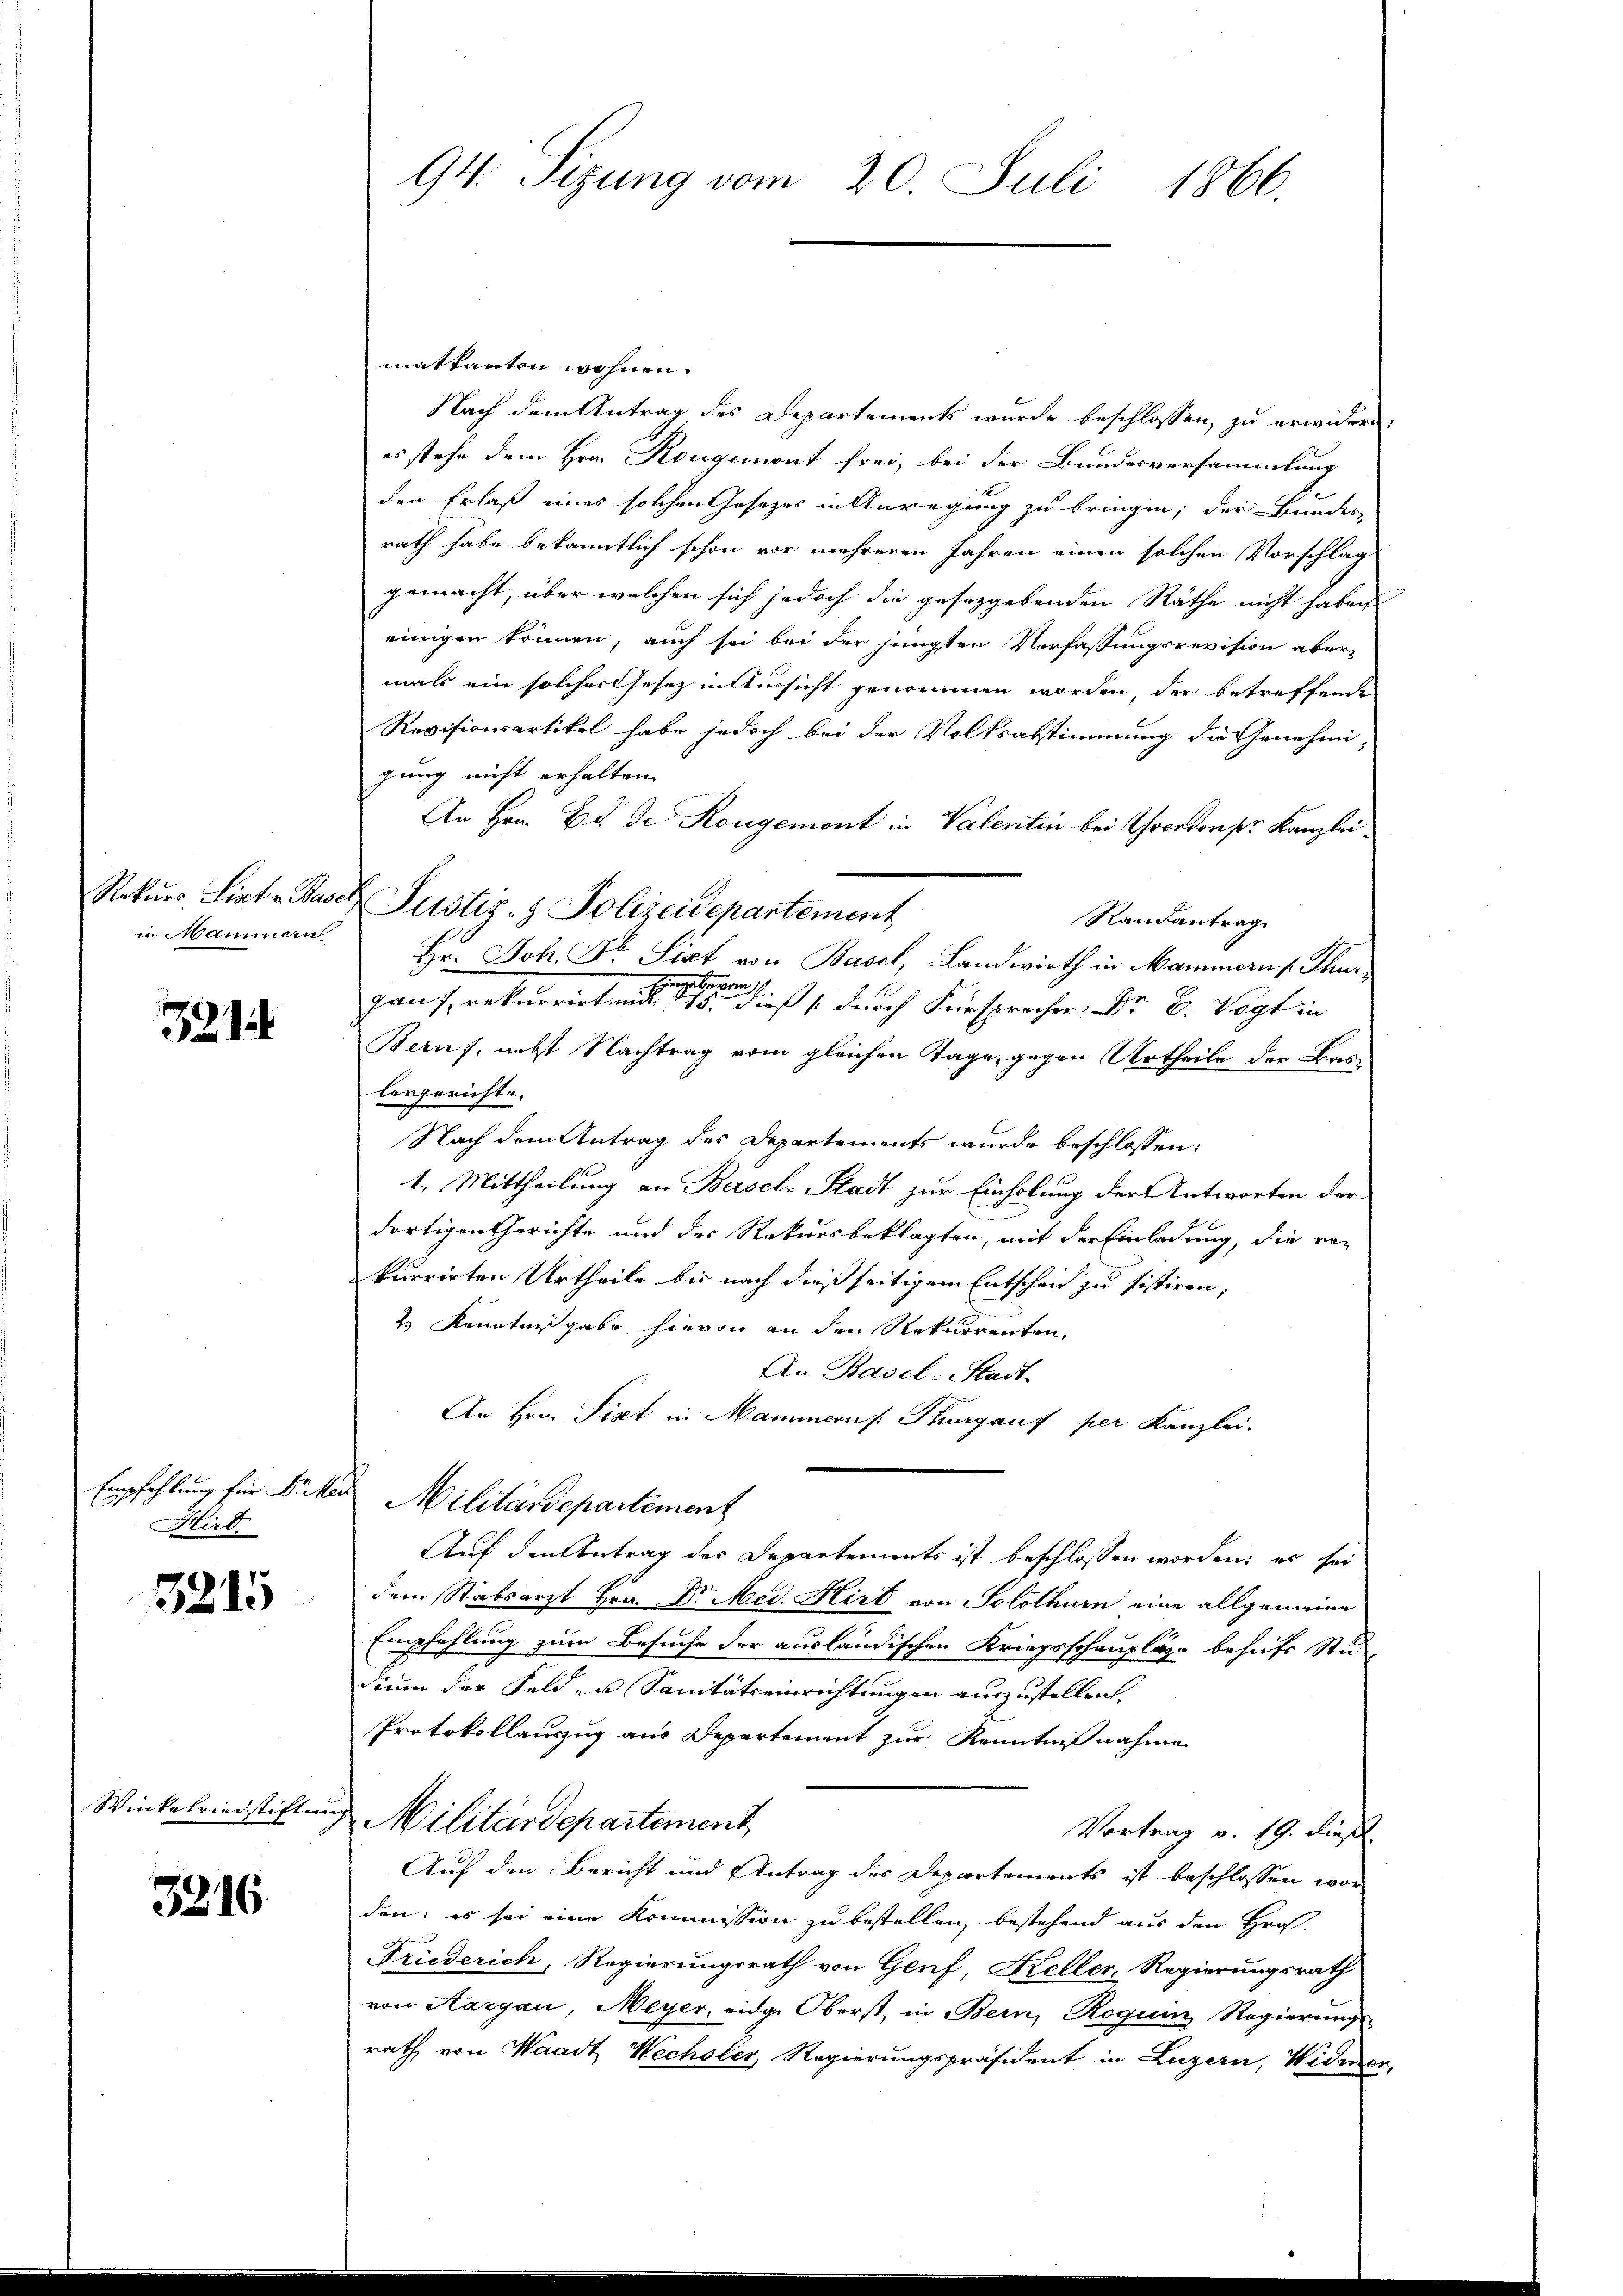
i ammern

321

Empfehlung für Dr. Mer
72
Hird.

3215

Winkelriedstiften

3216.

94. Sizung vom 20. Juli 1866.

matkanton wohnen.
Nach dem Antrag des Departements wurde beschlossen, zu erwidern.
es stehe dem Hrn. Rougemont frei, bei der Bundesversammlung
den Erlaß eines solchen Gesetzes in Anregung zu bringen; der Bundesrath habe bekanntlich schon vor mehreren Jahren einen solchen Vorschlag
gemacht, über welchen sich jedoch die gesetzgebenden Rathe nicht haben
einigen können, auch sei bei der jüngsten Verfassungsrevision aber-
mals ein solcher Gesetz in Aussicht genommen worden, der betreffenden
Revisionsartikel habe jedoch bei der Volksabstimmung die Genehmi-
gung nicht erhalten.
An Hrn. Er de Rougemont in Valentin bei verdons Kanzlei¬
Randantrag
Hr. Joh. Fr. Sixt von Basel, Landwirth in Mammern Thur¬
Tegebenen
ganz rekurrirten 15. dieß durch Fürsprecher Dr. B. Vogt in
Beruf, nebst Nachtrag vom gleichen Tage, gegen Urtheile der Kaslergerichte.
Nach dem Antrag des Departements wurde beschlossen:
1. Mittheilung an Basels Stadt zur Einholung der Antworten der
dortigen Gerichte und der Rekursbeklagten, mit der Einladung, die rekurrirten Urtheile bis nach dießseitigem Entscheid zu sistiren,
2 Kenntnißgabe hievon an den Rekurrenten,
An Basel-Stadt
An Hrn. Sixt in Mammons Kurgaus per Kanzlei-
 Militärdepartement
Auf den Antrag der Departements ist beschlossen worden; es sei
dem Stabsarzt Hrn. Dr Med. Hirt von Solothurn eine allgemeine
Empfehlung zum Besuche der ausländischen Kriegsschaupläge behufs Studium der Feld- u Sanitätseinrichtungen auszustellen.
Protokollauszug aus Departement zur Kenntnißnahme
Militärdepartement
Vortrag v. 19. dieß
Auf den Bericht und Antrag des Departements ist beschlossen worden: es sei eine Kommission zu bestellen, bestehend aus den Hros-
Friederich, Regierungsrath von Genf, Keller-Regierungsrath
von Aargau, Meyer eidge Oberst, in Bern, Roguin Regierungs-
rath von Waadt, Wechsler, Regierungspräsident in Luzern, Widmer,

Rekurs Liat Basel Justiz- & Polizeidepartement